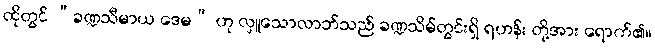
ထိုတွင် “ခဏ္ဍသီမာယ ဒေမ” ဟု လှူသောလာဘ်သည် ခဏ္ဍသိမ်တွင်းရှိ ရဟန်း တို့အား ရောက်၏။